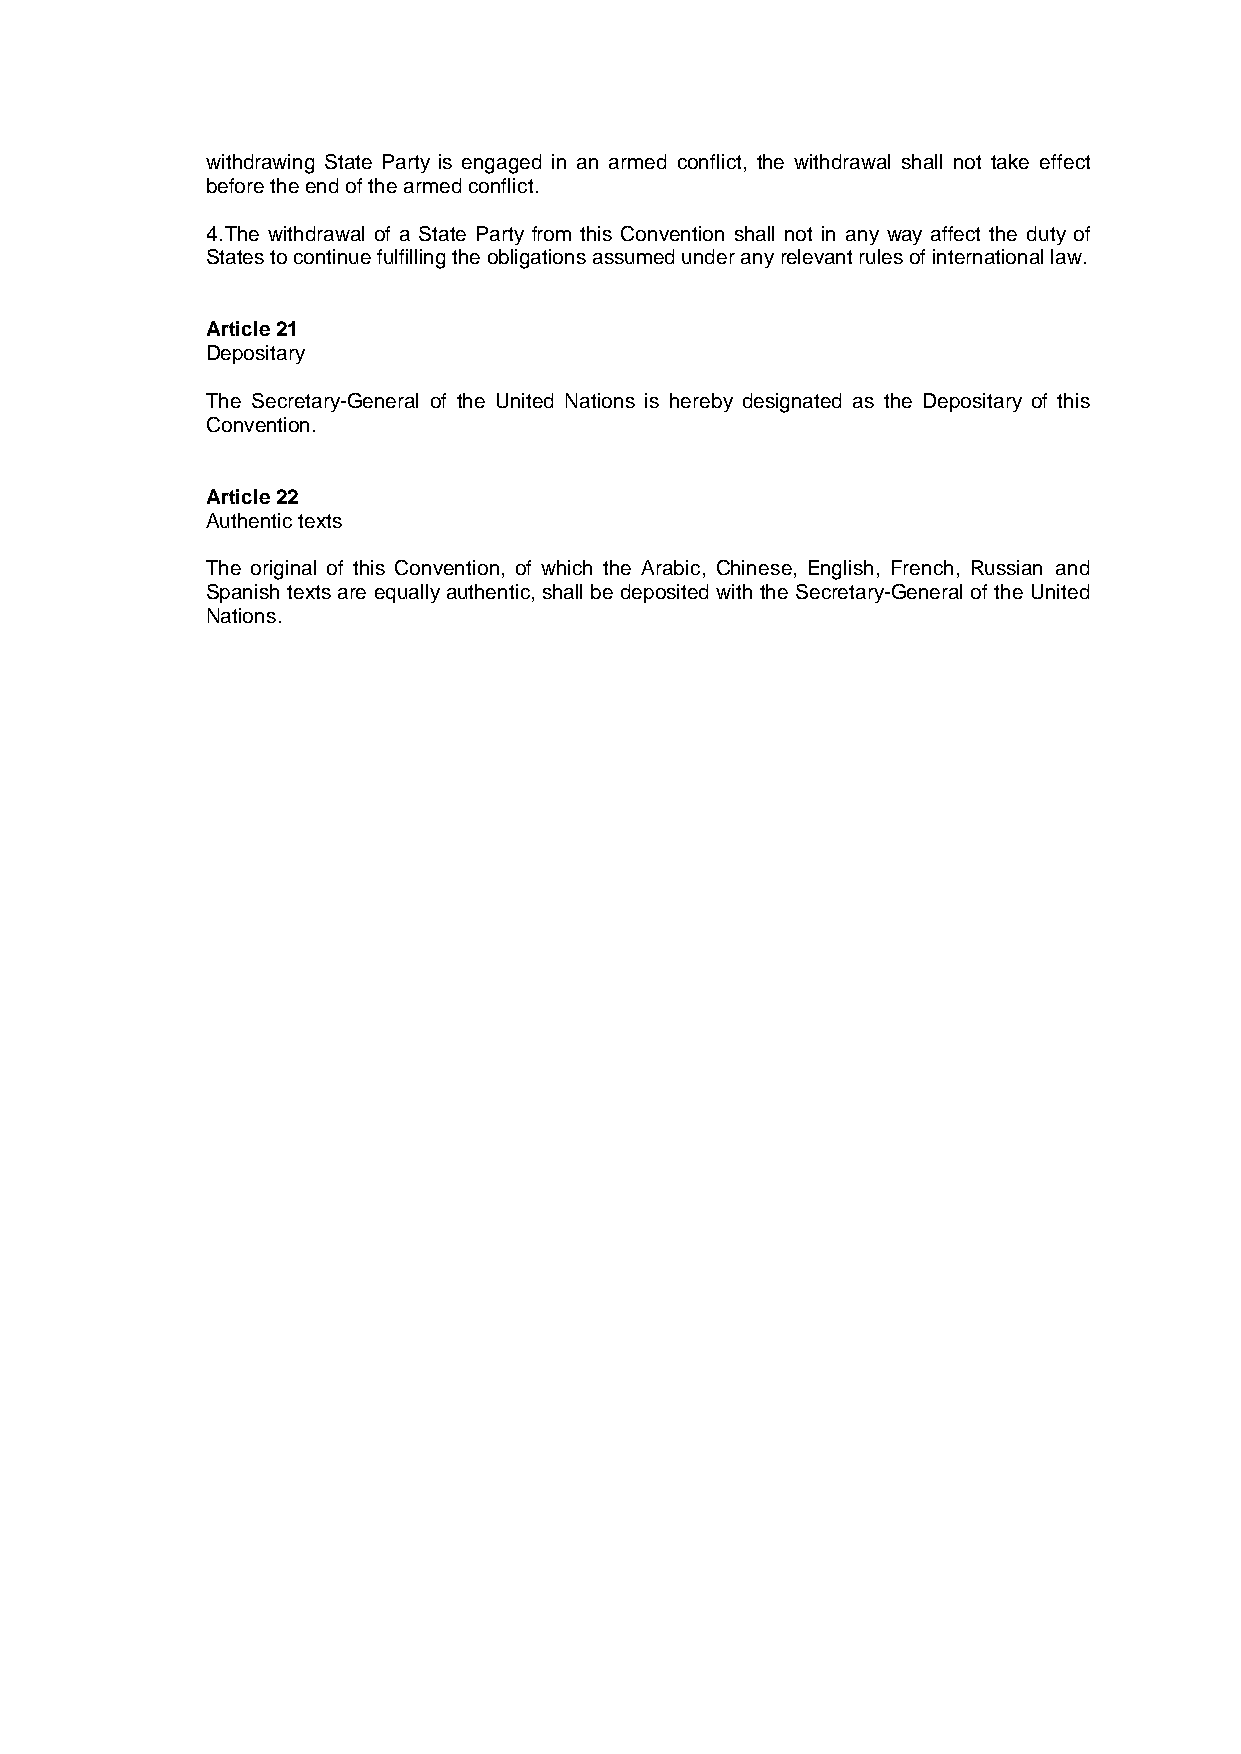
withdrawing State Party is engaged in an armed conflict, the withdrawal shall not take effect
 before the end of the armed conflict.
 4.The withdrawal of a State Party from this Convention shall not in any way affect the duty of
 States to continue fulfilling the obligations assumed under anyrelevant rules of international law.
 Article21
 Depositary
 The Secretary-General of the United Nations is hereby designated as the Depositary of this
 Convention.
 Article22
 Authentic texts
 The original of this Convention, of which the Arabic, Chinese, English, French, Russian and
 Spanish texts are equallyauthentic, shall be deposited with the Secretary-General of the United
 Nations.